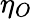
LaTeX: \eta_{O}